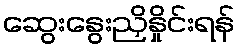
ဆွေးနွေးညှိနှိုင်းရန်